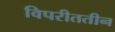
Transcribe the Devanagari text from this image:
विपरीततीन